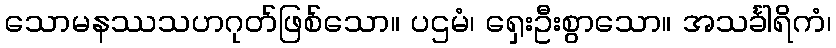
သောမနဿသဟဂုတ်ဖြစ်သော။ ပဌမံ၊ ရှေးဦးစွာသော။ အသင်္ခါရိကံ၊